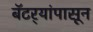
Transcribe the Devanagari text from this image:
बॅटर्‍यांपासून